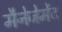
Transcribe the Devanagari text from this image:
मैनेजेमेंट